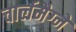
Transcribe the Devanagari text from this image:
चार्लमैग्ने